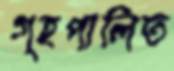
গৃহপালিত